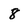
Character: 8